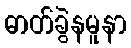
ဓာတ်ခွဲနမူနာ